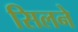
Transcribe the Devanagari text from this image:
सिलने